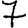
Digit: 7